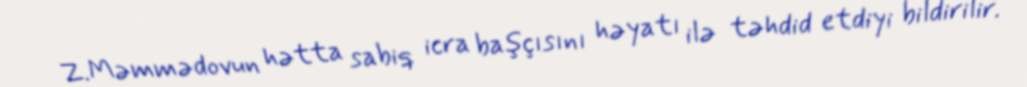
Z.Məmmədovun hətta sabiq icra başçısını həyatı ilə təhdid etdiyi bildirilir.